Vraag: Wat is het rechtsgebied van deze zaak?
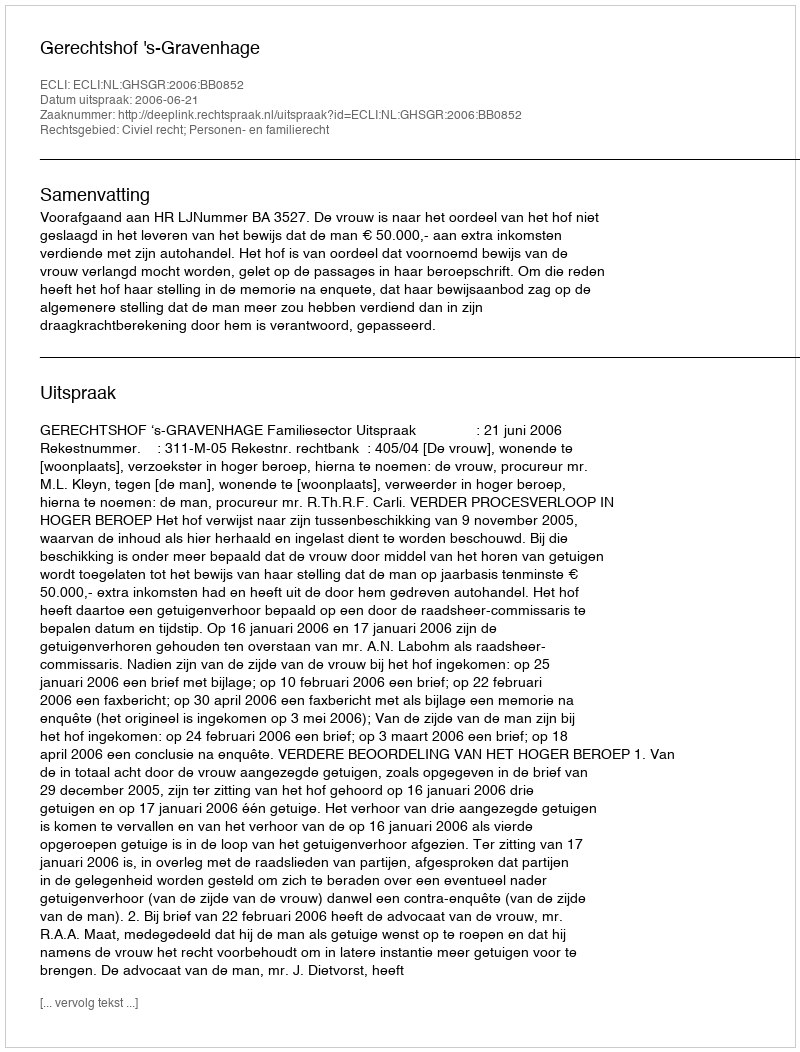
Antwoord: Civiel recht; Personen- en familierecht